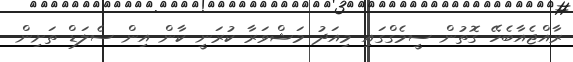
ރާއްޖެއާބެހޭ ގޮތުން ސީމެގްގައި މިއަދު މަޝްވަރާ ކުރަނީ ކާން އިން ސެލަޑް ތަށިން